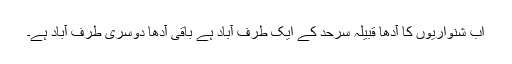
اب شنواریوں کا آدھا قبیلہ سرحد کے ایک طرف آباد ہے باقی آدھا دوسری طرف آباد ہے۔